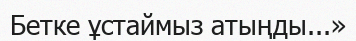
Бетке ұстаймыз атыңды...»